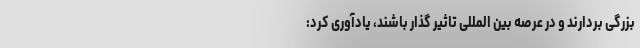
بزرگی بردارند و در عرصه بین المللی تاثیر گذار باشند، یادآوری کرد: